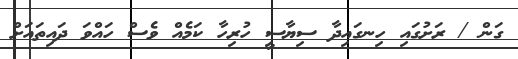
ގަން / ރަށުގައި ހިނގައިދާ ސިޔާސީ ހުރިހާ ކަމެއް ވެސް ހައްވަ ދައިތައަށް